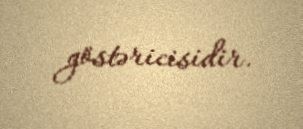
göstəricisidir.